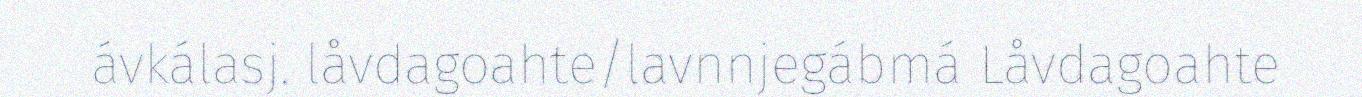
ávkálasj. låvdagoahte/lavnnjegábmá Låvdagoahte